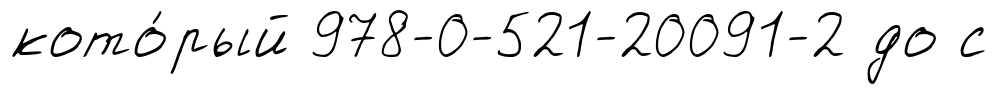
кото́рый 978-0-521-20091-2 до с